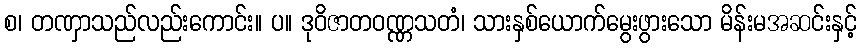
စ၊ တဏှာသည်လည်းကောင်း။ ပ။ ဒုဝိဇာတဝဏ္ဏသတံ၊ သားနှစ်ယောက်မွေးဖွားသော မိန်းမအဆင်းနှင့်